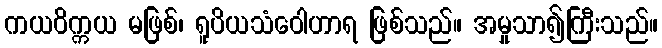
ကယဝိက္ကယ မဖြစ်၊ ရူပိယသံဝေါဟာရ ဖြစ်သည်။ အမှုသာ၍ကြီးသည်။